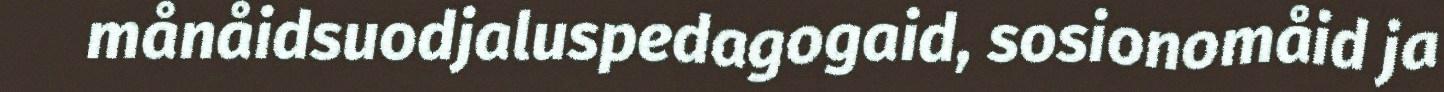
månåidsuodjaluspedagogaid, sosionomåid ja